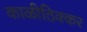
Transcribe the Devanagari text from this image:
काळीठिक्कर